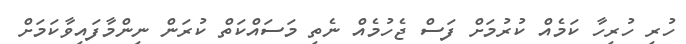
ހުރި ހުރިހާ ކަމެއް ކުރުމަށް ފަސް ޖެހުމެއް ނެތި މަސައްކަތް ކުރަން ނިންމާފައިވާކަމަށް